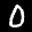
Label: 0